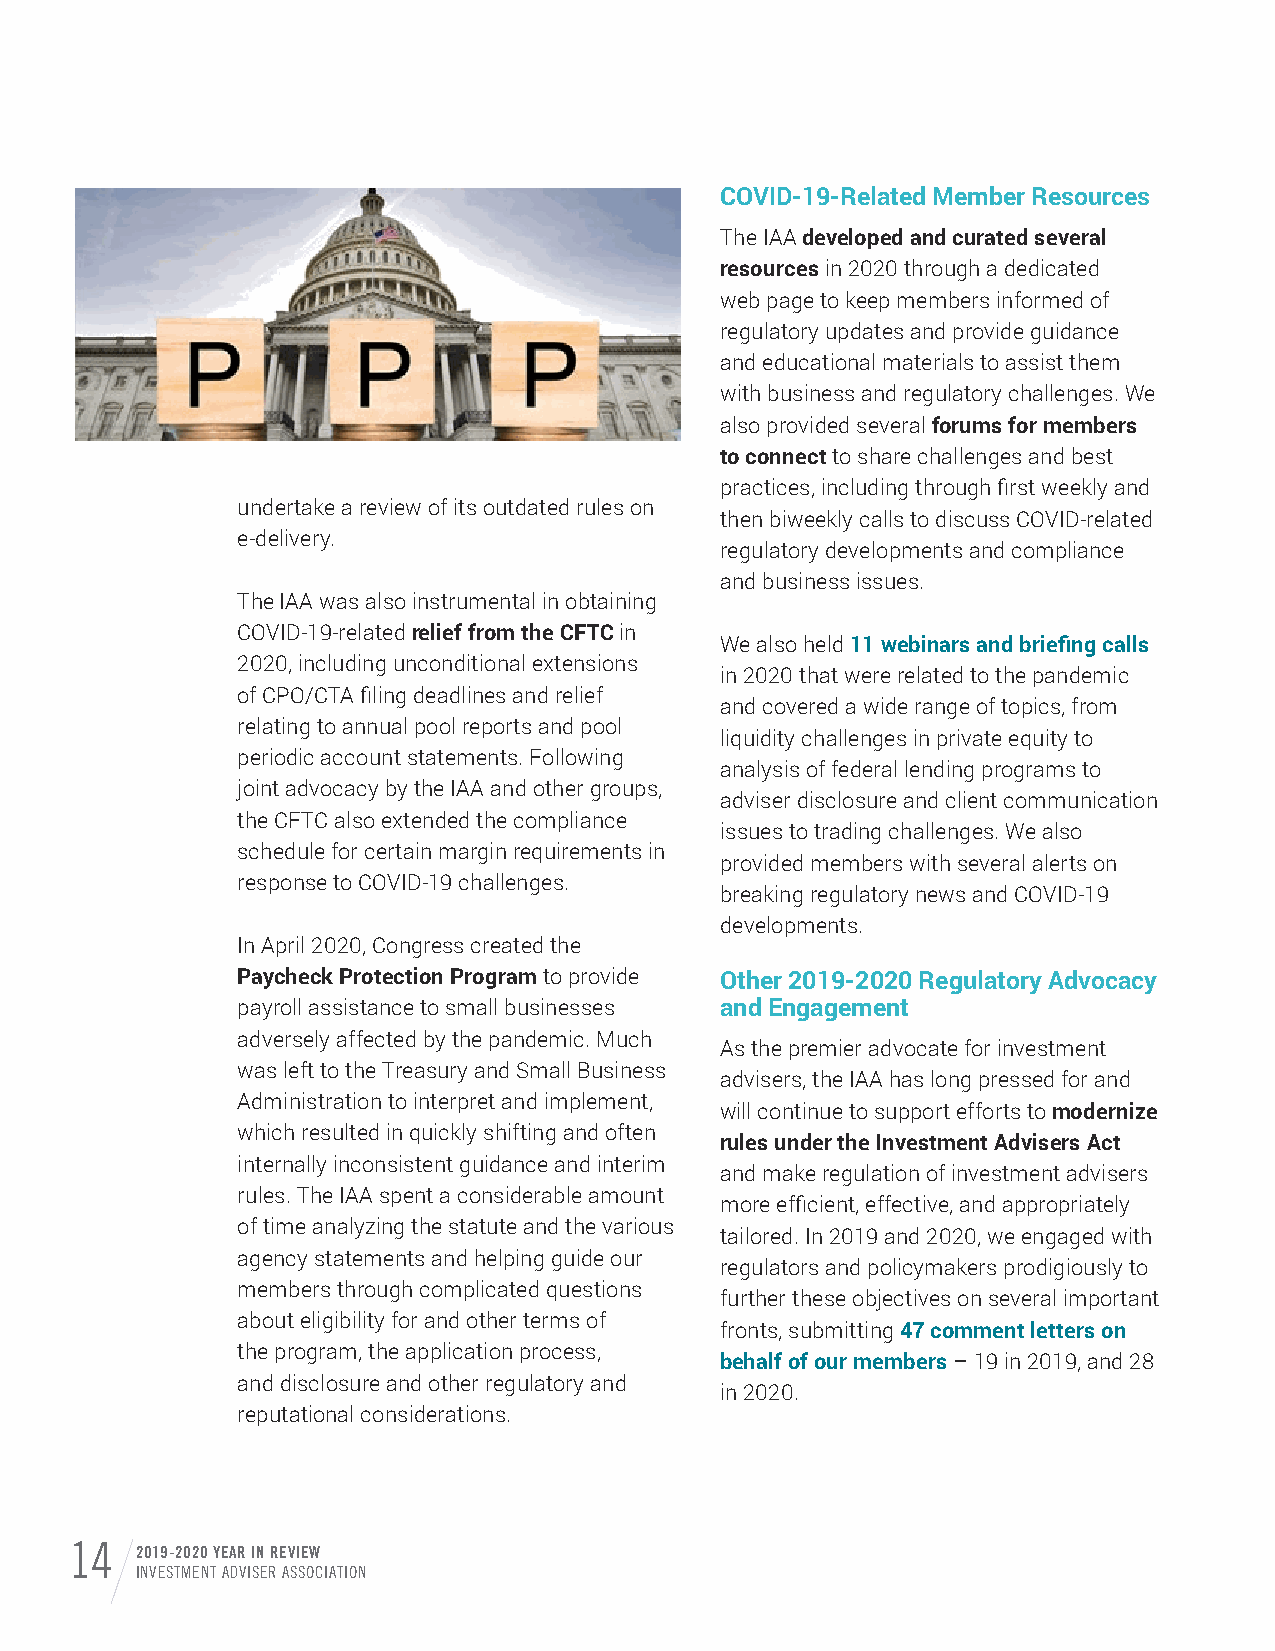
COVID-19-Related Member Resources
 The IAA developed and curated several
 resources in 2020 through a dedicated
 web page to keep members informed of
 regulatory updates and provide guidance
 and educational materials to assist them
 with business and regulatory challenges. We
 also provided several forums for members
 to connect to share challenges and best
 practices, including through first weekly and
 undertake a review of its outdated rules on
 then biweekly calls to discuss COVID-related
 e-delivery.
 regulatory developments and compliance
 and business issues.
 The IAA was also instrumental in obtaining
 COVID-19-related relief from the CFTC in
 We also held 11 webinars and briefing calls
 2020, including unconditional extensions
 in 2020 that were related to the pandemic
 of CPO/CTA filing deadlines and relief
 and covered a wide range of topics, from
 relating to annual pool reports and pool
 liquidity challenges in private equity to
 periodic account statements. Following
 analysis of federal lending programs to
 joint advocacy by the IAA and other groups,
 adviser disclosure and client communication
 the CFTC also extended the compliance
 issues to trading challenges. We also
 schedule for certain margin requirements in
 provided members with several alerts on
 response to COVID-19 challenges.
 breaking regulatory news and COVID-19
 developments.
 In April 2020, Congress created the
 Paycheck Protection Program to provide Other 2019-2020 Regulatory Advocacy
 payroll assistance to small businesses and Engagement
 adversely affected by the pandemic. Much
 As the premier advocate for investment
 was left to the Treasury and Small Business
 advisers, the IAA has long pressed for and
 Administration to interpret and implement,
 will continue to support efforts to modernize
 which resulted in quickly shifting and often
 rules under the Investment Advisers Act
 internally inconsistent guidance and interim
 and make regulation of investment advisers
 rules. The IAA spent a considerable amount
 more efficient, effective, and appropriately
 of time analyzing the statute and the various
 tailored. In 2019 and 2020, we engaged with
 agency statements and helping guide our
 regulators and policymakers prodigiously to
 members through complicated questions
 further these objectives on several important
 about eligibility for and other terms of
 fronts, submitting 47 comment letters on
 the program, the application process,
 behalf of our members – 19 in 2019, and 28
 and disclosure and other regulatory and
 in 2020.
 reputational considerations.
 14  2019-2020 YEAR IN REVIEW
 INVESTMENT ADVISER ASSOCIATION